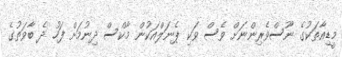
މީޑިއާތަކުގެ ނޫސްވެރިންނަށް ވެސް ވަކި ޕެނަލްއަކުން މާކްސް ދިނުމަށް ފަހު ދެ ބާވަތުގެ